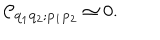
LaTeX: { \cal C } _ { { \bf q } _ { 1 } { \bf q } _ { 2 } ; { \bf p } _ { 1 } { \bf p } _ { 2 } } \simeq 0 .